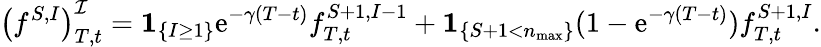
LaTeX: \left(f^{S,I}\right)_{T,t}^{\mathcal{I}}=\mathbf{1}_{\left\{ I\geq 1\right\} }\mathrm{e}^{-\gamma(T-t)}f_{T,t}^{S+1,I-1}+\mathbf{1}_{\left\{ S+1<n_{\operatorname*{max}}\right\} }(1-\mathrm{e}^{-\gamma(T-t)})f_{T,t}^{S+1,I}.